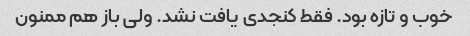
خوب و تازه بود. فقط کنجدی یافت نشد. ولی باز هم ممنون